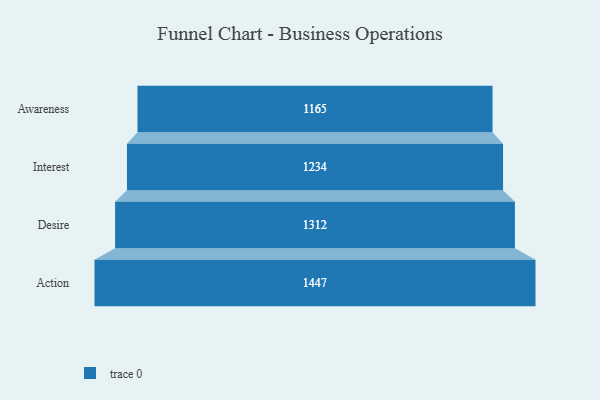
{"axis": {"x": "Stage", "y": "Value"}, "legend": [""], "data": [{"x": "Awareness", "y": 1165.0, "type": ""}, {"x": "Interest", "y": 1234.0, "type": ""}, {"x": "Desire", "y": 1312.0, "type": ""}, {"x": "Action", "y": 1447.0, "type": ""}]}